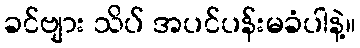
ခင်ဗျား သိပ် အပင်ပန်းမခံပါနဲ့။